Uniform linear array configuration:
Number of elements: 32
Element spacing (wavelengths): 0.5
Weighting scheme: binomial
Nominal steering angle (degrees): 45
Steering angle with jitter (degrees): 45.387
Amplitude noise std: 0.05
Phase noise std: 0.05

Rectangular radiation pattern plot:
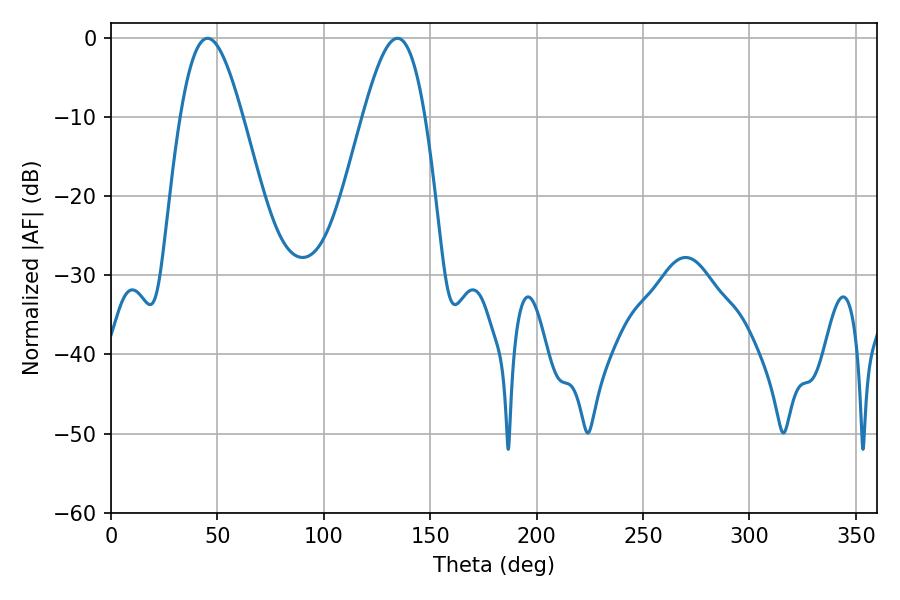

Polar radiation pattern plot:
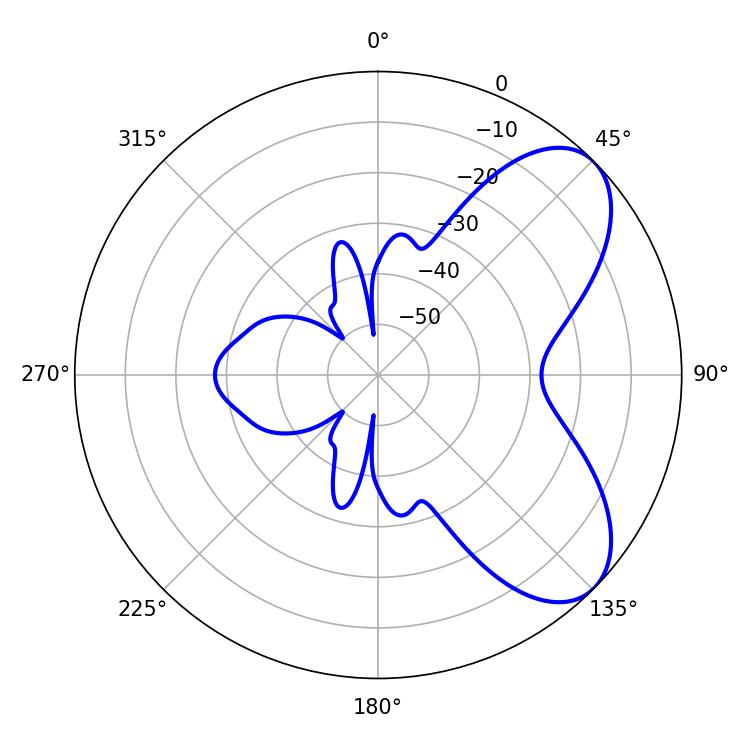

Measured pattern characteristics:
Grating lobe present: FALSE
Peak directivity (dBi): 6.657
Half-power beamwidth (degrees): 15.66
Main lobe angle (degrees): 45.36